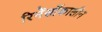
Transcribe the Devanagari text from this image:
रिनेंसाँकालीन